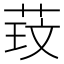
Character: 𫈑